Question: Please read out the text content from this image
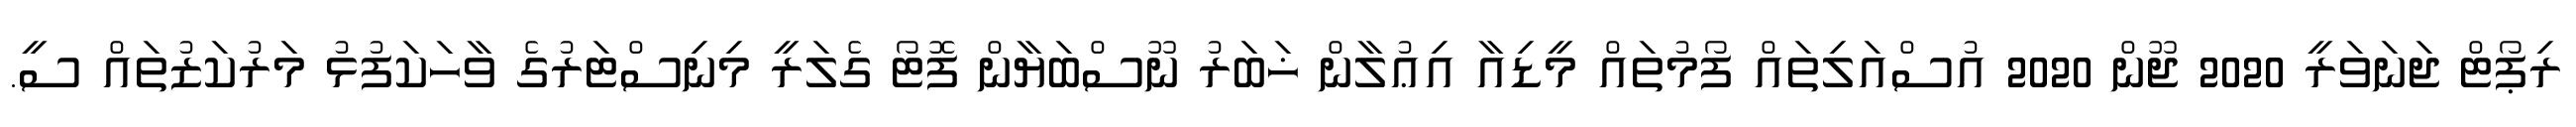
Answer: ރިޕޯޓް ޖަނަވަރީ 2020 ޖޫން 2020 އުސްއަލިތައް ފޯމުތައް މީޑިއާ އިޢުލާން ޚަބަރު ނޫސްބަޔާން ފޮޓޯ ގެލަރީ މިނިސްޓަރުގެ ވާހަކަފުޅު މަރުކަޒުތައް ސީ.